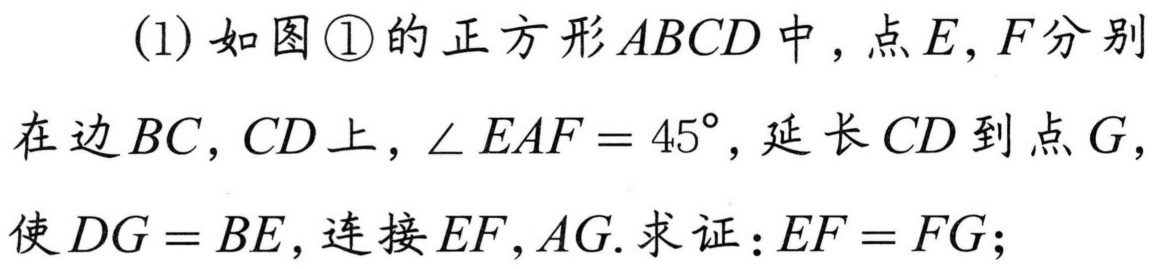
(1) 如图\textcircled{1}的正方形\(ABCD\)中，点\(E,F\)分别在边\(BC,CD\)上，\(\angle EAF = 45^{\circ}\)，延长\(CD\)到点\(G\)，使\(DG = BE\)，连接\(EF,AG.\)求证：\(EF = FG\)；